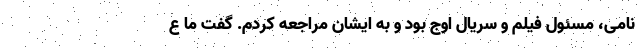
نامی، مسئول فیلم و سریال اوج بود و به ایشان مراجعه کردم. گفت ما ع